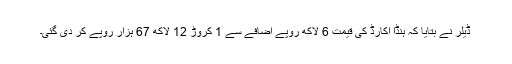
ڈیلر نے بتایا کہ ہنڈا اکارڈ کی قیمت 6 لاکھ روپے اضافے سے 1 کروڑ 12 لاکھ 67 ہزار روپے کر دی گئی۔